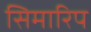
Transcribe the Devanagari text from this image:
सिमारिप